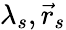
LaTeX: \lambda_{s},\vec{r}_{s}